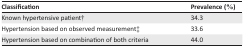
| Classification | Prevalence (%) |
 | --- | --- |
 | Known hypertensive patient† | 34.3 |
 | Hypertension based on observed measurement‡ | 33.6 |
 | Hypertension based on combination of both criteria | 44.0 |